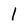
Character: 1